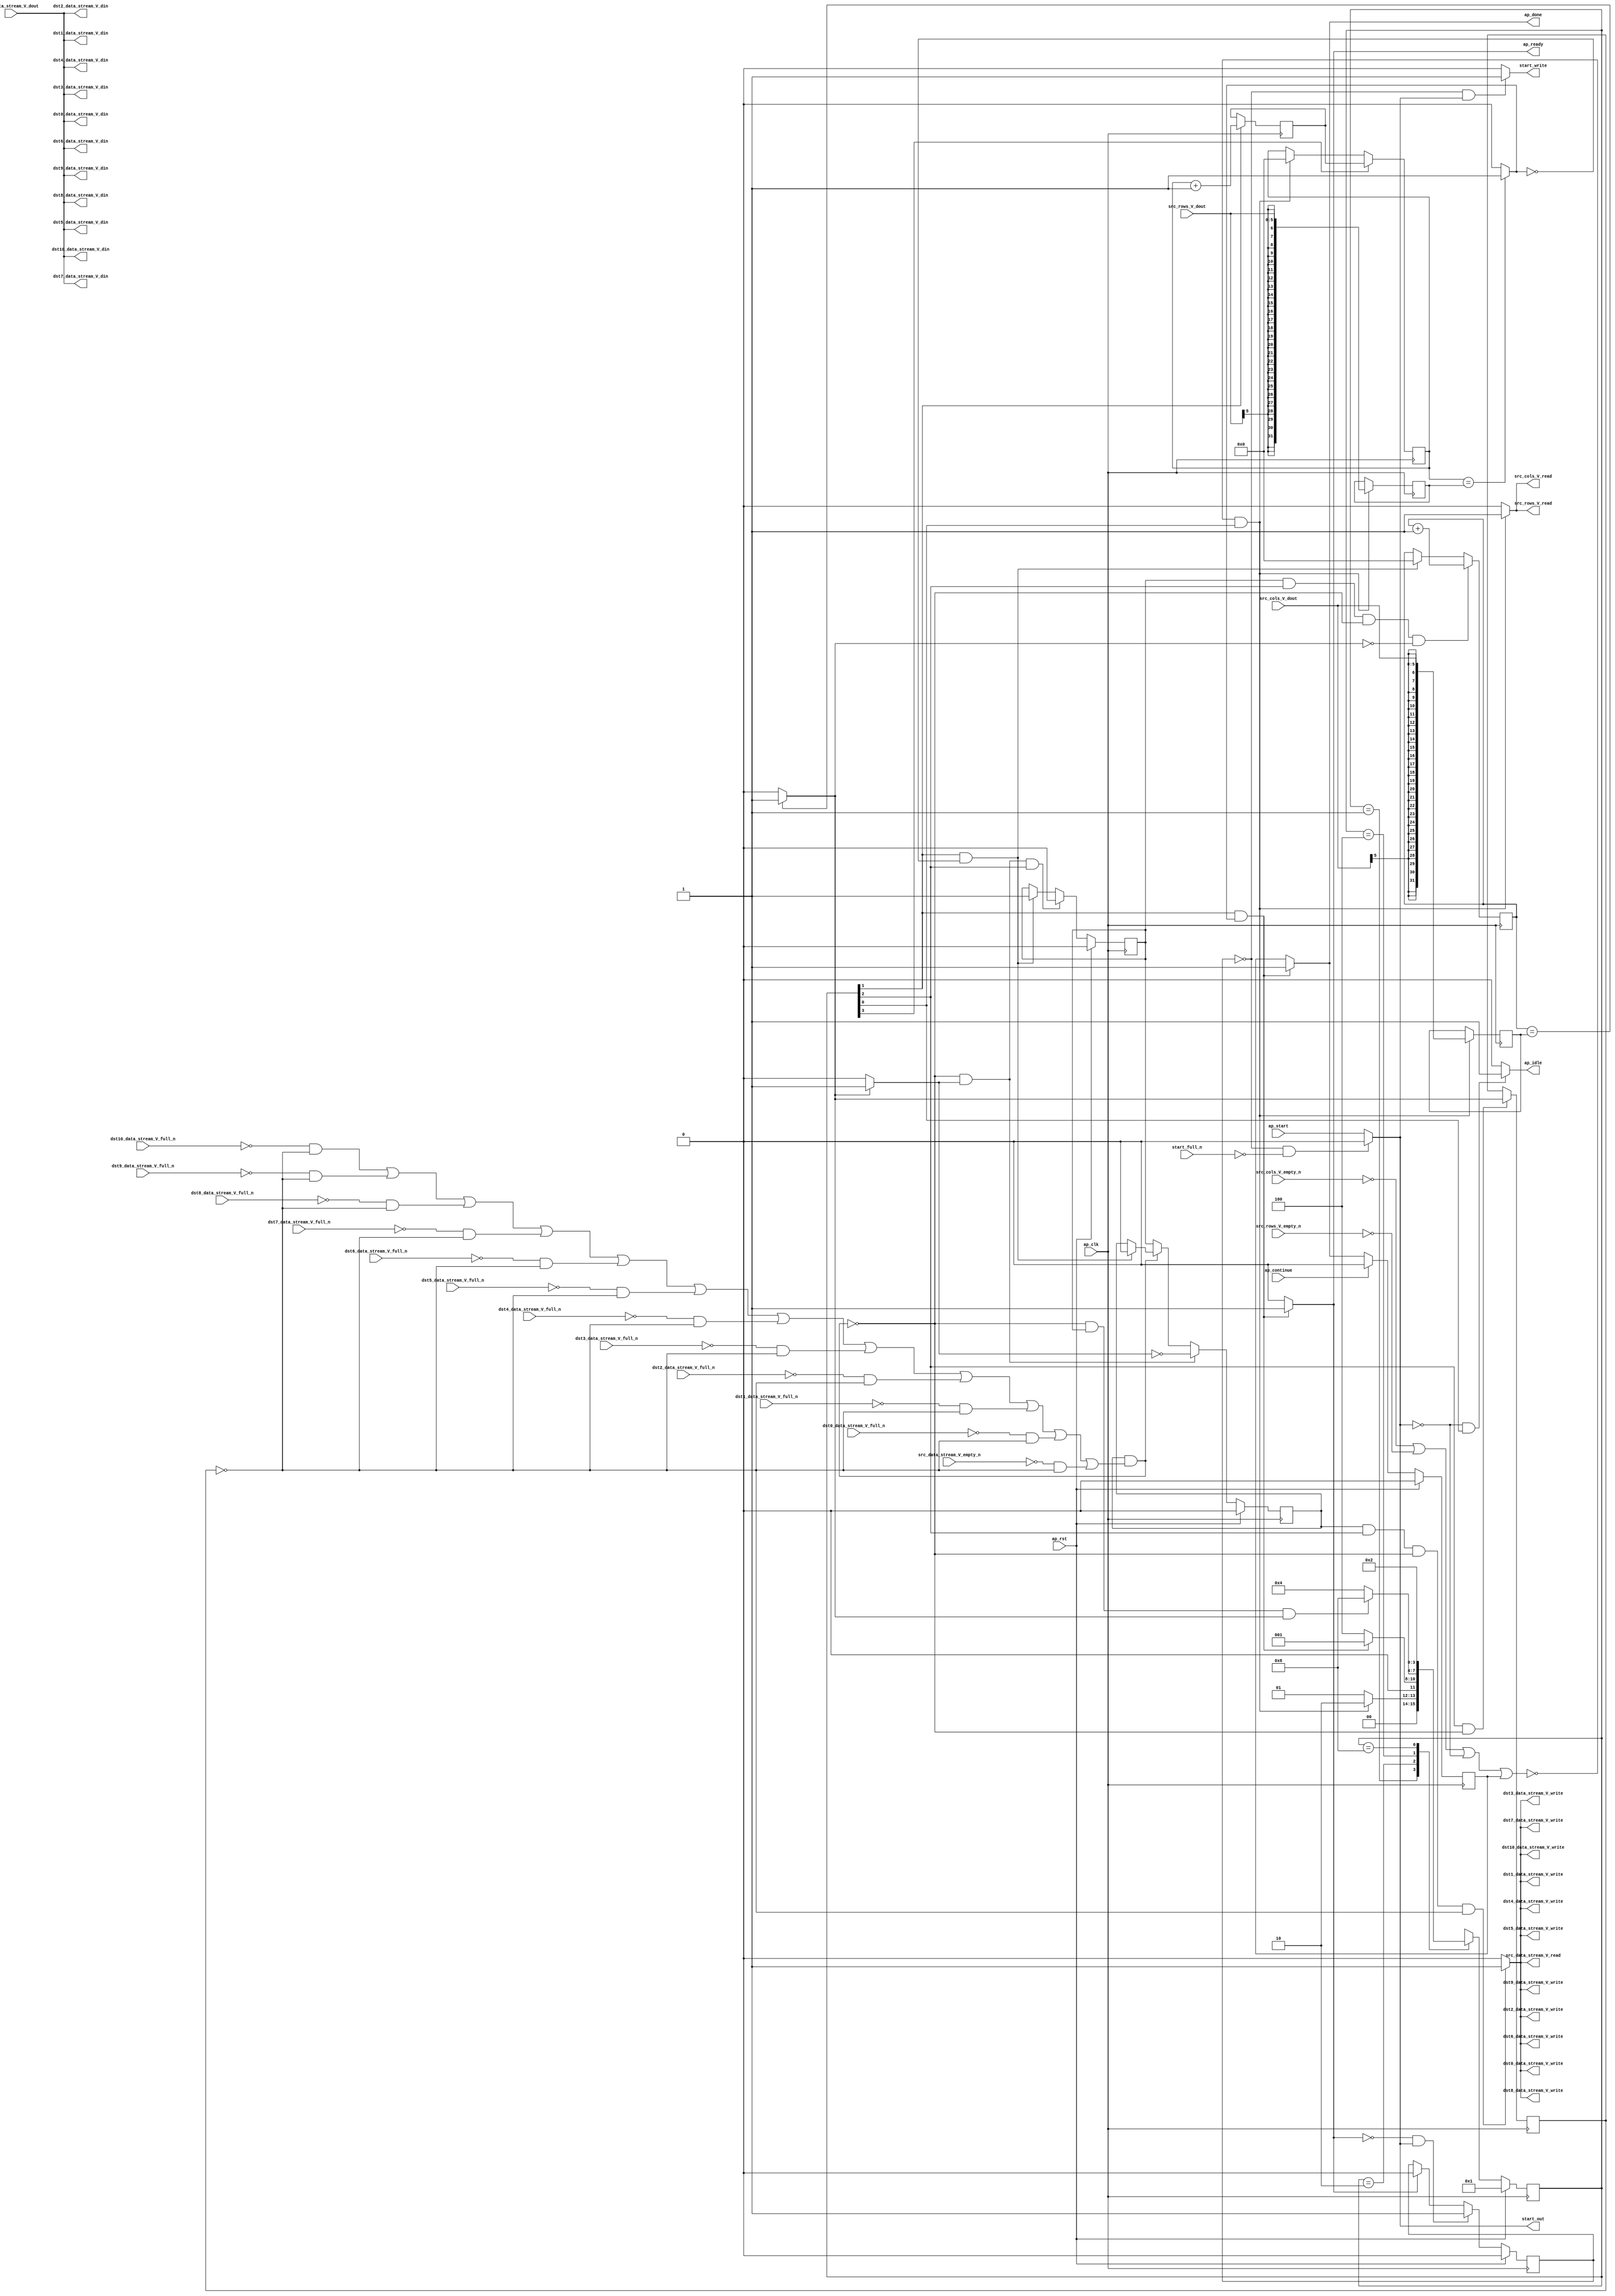
// ==============================================================
// RTL generated by Vivado(TM) HLS - High-Level Synthesis from C, C++ and SystemC
// Version: 2018.2
// Copyright (C) 1986-2018 Xilinx, Inc. All Rights Reserved.
// 
// ===========================================================

`timescale 1 ns / 1 ps 

module Duplicate_my (
        ap_clk,
        ap_rst,
        ap_start,
        start_full_n,
        ap_done,
        ap_continue,
        ap_idle,
        ap_ready,
        start_out,
        start_write,
        src_rows_V_dout,
        src_rows_V_empty_n,
        src_rows_V_read,
        src_cols_V_dout,
        src_cols_V_empty_n,
        src_cols_V_read,
        src_data_stream_V_dout,
        src_data_stream_V_empty_n,
        src_data_stream_V_read,
        dst0_data_stream_V_din,
        dst0_data_stream_V_full_n,
        dst0_data_stream_V_write,
        dst1_data_stream_V_din,
        dst1_data_stream_V_full_n,
        dst1_data_stream_V_write,
        dst2_data_stream_V_din,
        dst2_data_stream_V_full_n,
        dst2_data_stream_V_write,
        dst3_data_stream_V_din,
        dst3_data_stream_V_full_n,
        dst3_data_stream_V_write,
        dst4_data_stream_V_din,
        dst4_data_stream_V_full_n,
        dst4_data_stream_V_write,
        dst5_data_stream_V_din,
        dst5_data_stream_V_full_n,
        dst5_data_stream_V_write,
        dst6_data_stream_V_din,
        dst6_data_stream_V_full_n,
        dst6_data_stream_V_write,
        dst7_data_stream_V_din,
        dst7_data_stream_V_full_n,
        dst7_data_stream_V_write,
        dst8_data_stream_V_din,
        dst8_data_stream_V_full_n,
        dst8_data_stream_V_write,
        dst9_data_stream_V_din,
        dst9_data_stream_V_full_n,
        dst9_data_stream_V_write,
        dst10_data_stream_V_din,
        dst10_data_stream_V_full_n,
        dst10_data_stream_V_write
);

parameter    ap_ST_fsm_state1 = 4'd1;
parameter    ap_ST_fsm_state2 = 4'd2;
parameter    ap_ST_fsm_pp0_stage0 = 4'd4;
parameter    ap_ST_fsm_state5 = 4'd8;

input   ap_clk;
input   ap_rst;
input   ap_start;
input   start_full_n;
output   ap_done;
input   ap_continue;
output   ap_idle;
output   ap_ready;
output   start_out;
output   start_write;
input  [5:0] src_rows_V_dout;
input   src_rows_V_empty_n;
output   src_rows_V_read;
input  [5:0] src_cols_V_dout;
input   src_cols_V_empty_n;
output   src_cols_V_read;
input  [7:0] src_data_stream_V_dout;
input   src_data_stream_V_empty_n;
output   src_data_stream_V_read;
output  [7:0] dst0_data_stream_V_din;
input   dst0_data_stream_V_full_n;
output   dst0_data_stream_V_write;
output  [7:0] dst1_data_stream_V_din;
input   dst1_data_stream_V_full_n;
output   dst1_data_stream_V_write;
output  [7:0] dst2_data_stream_V_din;
input   dst2_data_stream_V_full_n;
output   dst2_data_stream_V_write;
output  [7:0] dst3_data_stream_V_din;
input   dst3_data_stream_V_full_n;
output   dst3_data_stream_V_write;
output  [7:0] dst4_data_stream_V_din;
input   dst4_data_stream_V_full_n;
output   dst4_data_stream_V_write;
output  [7:0] dst5_data_stream_V_din;
input   dst5_data_stream_V_full_n;
output   dst5_data_stream_V_write;
output  [7:0] dst6_data_stream_V_din;
input   dst6_data_stream_V_full_n;
output   dst6_data_stream_V_write;
output  [7:0] dst7_data_stream_V_din;
input   dst7_data_stream_V_full_n;
output   dst7_data_stream_V_write;
output  [7:0] dst8_data_stream_V_din;
input   dst8_data_stream_V_full_n;
output   dst8_data_stream_V_write;
output  [7:0] dst9_data_stream_V_din;
input   dst9_data_stream_V_full_n;
output   dst9_data_stream_V_write;
output  [7:0] dst10_data_stream_V_din;
input   dst10_data_stream_V_full_n;
output   dst10_data_stream_V_write;

reg ap_done;
reg ap_idle;
reg start_write;
reg src_rows_V_read;
reg src_cols_V_read;
reg src_data_stream_V_read;
reg dst0_data_stream_V_write;
reg dst1_data_stream_V_write;
reg dst2_data_stream_V_write;
reg dst3_data_stream_V_write;
reg dst4_data_stream_V_write;
reg dst5_data_stream_V_write;
reg dst6_data_stream_V_write;
reg dst7_data_stream_V_write;
reg dst8_data_stream_V_write;
reg dst9_data_stream_V_write;
reg dst10_data_stream_V_write;

reg    real_start;
reg    start_once_reg;
reg    ap_done_reg;
(* fsm_encoding = "none" *) reg   [3:0] ap_CS_fsm;
wire    ap_CS_fsm_state1;
reg    internal_ap_ready;
reg    src_rows_V_blk_n;
reg    src_cols_V_blk_n;
reg    src_data_stream_V_blk_n;
wire    ap_CS_fsm_pp0_stage0;
reg    ap_enable_reg_pp0_iter1;
wire    ap_block_pp0_stage0;
reg   [0:0] exitcond_i_reg_419;
reg    dst0_data_stream_V_blk_n;
reg    dst1_data_stream_V_blk_n;
reg    dst2_data_stream_V_blk_n;
reg    dst3_data_stream_V_blk_n;
reg    dst4_data_stream_V_blk_n;
reg    dst5_data_stream_V_blk_n;
reg    dst6_data_stream_V_blk_n;
reg    dst7_data_stream_V_blk_n;
reg    dst8_data_stream_V_blk_n;
reg    dst9_data_stream_V_blk_n;
reg    dst10_data_stream_V_blk_n;
reg   [31:0] t_V_2_reg_359;
wire  signed [31:0] rows_V_fu_370_p1;
reg  signed [31:0] rows_V_reg_400;
reg    ap_block_state1;
wire  signed [31:0] cols_V_fu_374_p1;
reg  signed [31:0] cols_V_reg_405;
wire   [0:0] exitcond2_i_fu_378_p2;
wire    ap_CS_fsm_state2;
wire   [31:0] i_V_fu_383_p2;
reg   [31:0] i_V_reg_414;
wire   [0:0] exitcond_i_fu_389_p2;
wire    ap_block_state3_pp0_stage0_iter0;
reg    ap_block_state4_pp0_stage0_iter1;
reg    ap_block_pp0_stage0_11001;
wire   [31:0] j_V_fu_394_p2;
reg    ap_enable_reg_pp0_iter0;
reg    ap_block_pp0_stage0_subdone;
reg    ap_condition_pp0_exit_iter0_state3;
reg   [31:0] t_V_reg_348;
wire    ap_CS_fsm_state5;
reg    ap_block_pp0_stage0_01001;
reg   [3:0] ap_NS_fsm;
reg    ap_idle_pp0;
wire    ap_enable_pp0;

// power-on initialization
initial begin
#0 start_once_reg = 1'b0;
#0 ap_done_reg = 1'b0;
#0 ap_CS_fsm = 4'd1;
#0 ap_enable_reg_pp0_iter1 = 1'b0;
#0 ap_enable_reg_pp0_iter0 = 1'b0;
end

always @ (posedge ap_clk) begin
    if (ap_rst == 1'b1) begin
        ap_CS_fsm <= ap_ST_fsm_state1;
    end else begin
        ap_CS_fsm <= ap_NS_fsm;
    end
end

always @ (posedge ap_clk) begin
    if (ap_rst == 1'b1) begin
        ap_done_reg <= 1'b0;
    end else begin
        if ((ap_continue == 1'b1)) begin
            ap_done_reg <= 1'b0;
        end else if (((1'b1 == ap_CS_fsm_state2) & (exitcond2_i_fu_378_p2 == 1'd1))) begin
            ap_done_reg <= 1'b1;
        end
    end
end

always @ (posedge ap_clk) begin
    if (ap_rst == 1'b1) begin
        ap_enable_reg_pp0_iter0 <= 1'b0;
    end else begin
        if (((1'b0 == ap_block_pp0_stage0_subdone) & (1'b1 == ap_condition_pp0_exit_iter0_state3) & (1'b1 == ap_CS_fsm_pp0_stage0))) begin
            ap_enable_reg_pp0_iter0 <= 1'b0;
        end else if (((1'b1 == ap_CS_fsm_state2) & (exitcond2_i_fu_378_p2 == 1'd0))) begin
            ap_enable_reg_pp0_iter0 <= 1'b1;
        end
    end
end

always @ (posedge ap_clk) begin
    if (ap_rst == 1'b1) begin
        ap_enable_reg_pp0_iter1 <= 1'b0;
    end else begin
        if (((1'b0 == ap_block_pp0_stage0_subdone) & (1'b1 == ap_condition_pp0_exit_iter0_state3))) begin
            ap_enable_reg_pp0_iter1 <= (1'b1 ^ ap_condition_pp0_exit_iter0_state3);
        end else if ((1'b0 == ap_block_pp0_stage0_subdone)) begin
            ap_enable_reg_pp0_iter1 <= ap_enable_reg_pp0_iter0;
        end else if (((1'b1 == ap_CS_fsm_state2) & (exitcond2_i_fu_378_p2 == 1'd0))) begin
            ap_enable_reg_pp0_iter1 <= 1'b0;
        end
    end
end

always @ (posedge ap_clk) begin
    if (ap_rst == 1'b1) begin
        start_once_reg <= 1'b0;
    end else begin
        if (((internal_ap_ready == 1'b0) & (real_start == 1'b1))) begin
            start_once_reg <= 1'b1;
        end else if ((internal_ap_ready == 1'b1)) begin
            start_once_reg <= 1'b0;
        end
    end
end

always @ (posedge ap_clk) begin
    if (((ap_enable_reg_pp0_iter0 == 1'b1) & (1'b1 == ap_CS_fsm_pp0_stage0) & (1'b0 == ap_block_pp0_stage0_11001) & (exitcond_i_fu_389_p2 == 1'd0))) begin
        t_V_2_reg_359 <= j_V_fu_394_p2;
    end else if (((1'b1 == ap_CS_fsm_state2) & (exitcond2_i_fu_378_p2 == 1'd0))) begin
        t_V_2_reg_359 <= 32'd0;
    end
end

always @ (posedge ap_clk) begin
    if ((1'b1 == ap_CS_fsm_state5)) begin
        t_V_reg_348 <= i_V_reg_414;
    end else if ((~((src_cols_V_empty_n == 1'b0) | (src_rows_V_empty_n == 1'b0) | (real_start == 1'b0) | (ap_done_reg == 1'b1)) & (1'b1 == ap_CS_fsm_state1))) begin
        t_V_reg_348 <= 32'd0;
    end
end

always @ (posedge ap_clk) begin
    if ((~((src_cols_V_empty_n == 1'b0) | (src_rows_V_empty_n == 1'b0) | (real_start == 1'b0) | (ap_done_reg == 1'b1)) & (1'b1 == ap_CS_fsm_state1))) begin
        cols_V_reg_405 <= cols_V_fu_374_p1;
        rows_V_reg_400 <= rows_V_fu_370_p1;
    end
end

always @ (posedge ap_clk) begin
    if (((1'b1 == ap_CS_fsm_pp0_stage0) & (1'b0 == ap_block_pp0_stage0_11001))) begin
        exitcond_i_reg_419 <= exitcond_i_fu_389_p2;
    end
end

always @ (posedge ap_clk) begin
    if ((1'b1 == ap_CS_fsm_state2)) begin
        i_V_reg_414 <= i_V_fu_383_p2;
    end
end

always @ (*) begin
    if ((exitcond_i_fu_389_p2 == 1'd1)) begin
        ap_condition_pp0_exit_iter0_state3 = 1'b1;
    end else begin
        ap_condition_pp0_exit_iter0_state3 = 1'b0;
    end
end

always @ (*) begin
    if (((1'b1 == ap_CS_fsm_state2) & (exitcond2_i_fu_378_p2 == 1'd1))) begin
        ap_done = 1'b1;
    end else begin
        ap_done = ap_done_reg;
    end
end

always @ (*) begin
    if (((real_start == 1'b0) & (1'b1 == ap_CS_fsm_state1))) begin
        ap_idle = 1'b1;
    end else begin
        ap_idle = 1'b0;
    end
end

always @ (*) begin
    if (((ap_enable_reg_pp0_iter0 == 1'b0) & (ap_enable_reg_pp0_iter1 == 1'b0))) begin
        ap_idle_pp0 = 1'b1;
    end else begin
        ap_idle_pp0 = 1'b0;
    end
end

always @ (*) begin
    if (((ap_enable_reg_pp0_iter1 == 1'b1) & (1'b1 == ap_CS_fsm_pp0_stage0) & (exitcond_i_reg_419 == 1'd0) & (1'b0 == ap_block_pp0_stage0))) begin
        dst0_data_stream_V_blk_n = dst0_data_stream_V_full_n;
    end else begin
        dst0_data_stream_V_blk_n = 1'b1;
    end
end

always @ (*) begin
    if (((ap_enable_reg_pp0_iter1 == 1'b1) & (1'b1 == ap_CS_fsm_pp0_stage0) & (1'b0 == ap_block_pp0_stage0_11001) & (exitcond_i_reg_419 == 1'd0))) begin
        dst0_data_stream_V_write = 1'b1;
    end else begin
        dst0_data_stream_V_write = 1'b0;
    end
end

always @ (*) begin
    if (((ap_enable_reg_pp0_iter1 == 1'b1) & (1'b1 == ap_CS_fsm_pp0_stage0) & (exitcond_i_reg_419 == 1'd0) & (1'b0 == ap_block_pp0_stage0))) begin
        dst10_data_stream_V_blk_n = dst10_data_stream_V_full_n;
    end else begin
        dst10_data_stream_V_blk_n = 1'b1;
    end
end

always @ (*) begin
    if (((ap_enable_reg_pp0_iter1 == 1'b1) & (1'b1 == ap_CS_fsm_pp0_stage0) & (1'b0 == ap_block_pp0_stage0_11001) & (exitcond_i_reg_419 == 1'd0))) begin
        dst10_data_stream_V_write = 1'b1;
    end else begin
        dst10_data_stream_V_write = 1'b0;
    end
end

always @ (*) begin
    if (((ap_enable_reg_pp0_iter1 == 1'b1) & (1'b1 == ap_CS_fsm_pp0_stage0) & (exitcond_i_reg_419 == 1'd0) & (1'b0 == ap_block_pp0_stage0))) begin
        dst1_data_stream_V_blk_n = dst1_data_stream_V_full_n;
    end else begin
        dst1_data_stream_V_blk_n = 1'b1;
    end
end

always @ (*) begin
    if (((ap_enable_reg_pp0_iter1 == 1'b1) & (1'b1 == ap_CS_fsm_pp0_stage0) & (1'b0 == ap_block_pp0_stage0_11001) & (exitcond_i_reg_419 == 1'd0))) begin
        dst1_data_stream_V_write = 1'b1;
    end else begin
        dst1_data_stream_V_write = 1'b0;
    end
end

always @ (*) begin
    if (((ap_enable_reg_pp0_iter1 == 1'b1) & (1'b1 == ap_CS_fsm_pp0_stage0) & (exitcond_i_reg_419 == 1'd0) & (1'b0 == ap_block_pp0_stage0))) begin
        dst2_data_stream_V_blk_n = dst2_data_stream_V_full_n;
    end else begin
        dst2_data_stream_V_blk_n = 1'b1;
    end
end

always @ (*) begin
    if (((ap_enable_reg_pp0_iter1 == 1'b1) & (1'b1 == ap_CS_fsm_pp0_stage0) & (1'b0 == ap_block_pp0_stage0_11001) & (exitcond_i_reg_419 == 1'd0))) begin
        dst2_data_stream_V_write = 1'b1;
    end else begin
        dst2_data_stream_V_write = 1'b0;
    end
end

always @ (*) begin
    if (((ap_enable_reg_pp0_iter1 == 1'b1) & (1'b1 == ap_CS_fsm_pp0_stage0) & (exitcond_i_reg_419 == 1'd0) & (1'b0 == ap_block_pp0_stage0))) begin
        dst3_data_stream_V_blk_n = dst3_data_stream_V_full_n;
    end else begin
        dst3_data_stream_V_blk_n = 1'b1;
    end
end

always @ (*) begin
    if (((ap_enable_reg_pp0_iter1 == 1'b1) & (1'b1 == ap_CS_fsm_pp0_stage0) & (1'b0 == ap_block_pp0_stage0_11001) & (exitcond_i_reg_419 == 1'd0))) begin
        dst3_data_stream_V_write = 1'b1;
    end else begin
        dst3_data_stream_V_write = 1'b0;
    end
end

always @ (*) begin
    if (((ap_enable_reg_pp0_iter1 == 1'b1) & (1'b1 == ap_CS_fsm_pp0_stage0) & (exitcond_i_reg_419 == 1'd0) & (1'b0 == ap_block_pp0_stage0))) begin
        dst4_data_stream_V_blk_n = dst4_data_stream_V_full_n;
    end else begin
        dst4_data_stream_V_blk_n = 1'b1;
    end
end

always @ (*) begin
    if (((ap_enable_reg_pp0_iter1 == 1'b1) & (1'b1 == ap_CS_fsm_pp0_stage0) & (1'b0 == ap_block_pp0_stage0_11001) & (exitcond_i_reg_419 == 1'd0))) begin
        dst4_data_stream_V_write = 1'b1;
    end else begin
        dst4_data_stream_V_write = 1'b0;
    end
end

always @ (*) begin
    if (((ap_enable_reg_pp0_iter1 == 1'b1) & (1'b1 == ap_CS_fsm_pp0_stage0) & (exitcond_i_reg_419 == 1'd0) & (1'b0 == ap_block_pp0_stage0))) begin
        dst5_data_stream_V_blk_n = dst5_data_stream_V_full_n;
    end else begin
        dst5_data_stream_V_blk_n = 1'b1;
    end
end

always @ (*) begin
    if (((ap_enable_reg_pp0_iter1 == 1'b1) & (1'b1 == ap_CS_fsm_pp0_stage0) & (1'b0 == ap_block_pp0_stage0_11001) & (exitcond_i_reg_419 == 1'd0))) begin
        dst5_data_stream_V_write = 1'b1;
    end else begin
        dst5_data_stream_V_write = 1'b0;
    end
end

always @ (*) begin
    if (((ap_enable_reg_pp0_iter1 == 1'b1) & (1'b1 == ap_CS_fsm_pp0_stage0) & (exitcond_i_reg_419 == 1'd0) & (1'b0 == ap_block_pp0_stage0))) begin
        dst6_data_stream_V_blk_n = dst6_data_stream_V_full_n;
    end else begin
        dst6_data_stream_V_blk_n = 1'b1;
    end
end

always @ (*) begin
    if (((ap_enable_reg_pp0_iter1 == 1'b1) & (1'b1 == ap_CS_fsm_pp0_stage0) & (1'b0 == ap_block_pp0_stage0_11001) & (exitcond_i_reg_419 == 1'd0))) begin
        dst6_data_stream_V_write = 1'b1;
    end else begin
        dst6_data_stream_V_write = 1'b0;
    end
end

always @ (*) begin
    if (((ap_enable_reg_pp0_iter1 == 1'b1) & (1'b1 == ap_CS_fsm_pp0_stage0) & (exitcond_i_reg_419 == 1'd0) & (1'b0 == ap_block_pp0_stage0))) begin
        dst7_data_stream_V_blk_n = dst7_data_stream_V_full_n;
    end else begin
        dst7_data_stream_V_blk_n = 1'b1;
    end
end

always @ (*) begin
    if (((ap_enable_reg_pp0_iter1 == 1'b1) & (1'b1 == ap_CS_fsm_pp0_stage0) & (1'b0 == ap_block_pp0_stage0_11001) & (exitcond_i_reg_419 == 1'd0))) begin
        dst7_data_stream_V_write = 1'b1;
    end else begin
        dst7_data_stream_V_write = 1'b0;
    end
end

always @ (*) begin
    if (((ap_enable_reg_pp0_iter1 == 1'b1) & (1'b1 == ap_CS_fsm_pp0_stage0) & (exitcond_i_reg_419 == 1'd0) & (1'b0 == ap_block_pp0_stage0))) begin
        dst8_data_stream_V_blk_n = dst8_data_stream_V_full_n;
    end else begin
        dst8_data_stream_V_blk_n = 1'b1;
    end
end

always @ (*) begin
    if (((ap_enable_reg_pp0_iter1 == 1'b1) & (1'b1 == ap_CS_fsm_pp0_stage0) & (1'b0 == ap_block_pp0_stage0_11001) & (exitcond_i_reg_419 == 1'd0))) begin
        dst8_data_stream_V_write = 1'b1;
    end else begin
        dst8_data_stream_V_write = 1'b0;
    end
end

always @ (*) begin
    if (((ap_enable_reg_pp0_iter1 == 1'b1) & (1'b1 == ap_CS_fsm_pp0_stage0) & (exitcond_i_reg_419 == 1'd0) & (1'b0 == ap_block_pp0_stage0))) begin
        dst9_data_stream_V_blk_n = dst9_data_stream_V_full_n;
    end else begin
        dst9_data_stream_V_blk_n = 1'b1;
    end
end

always @ (*) begin
    if (((ap_enable_reg_pp0_iter1 == 1'b1) & (1'b1 == ap_CS_fsm_pp0_stage0) & (1'b0 == ap_block_pp0_stage0_11001) & (exitcond_i_reg_419 == 1'd0))) begin
        dst9_data_stream_V_write = 1'b1;
    end else begin
        dst9_data_stream_V_write = 1'b0;
    end
end

always @ (*) begin
    if (((1'b1 == ap_CS_fsm_state2) & (exitcond2_i_fu_378_p2 == 1'd1))) begin
        internal_ap_ready = 1'b1;
    end else begin
        internal_ap_ready = 1'b0;
    end
end

always @ (*) begin
    if (((start_once_reg == 1'b0) & (start_full_n == 1'b0))) begin
        real_start = 1'b0;
    end else begin
        real_start = ap_start;
    end
end

always @ (*) begin
    if ((~((real_start == 1'b0) | (ap_done_reg == 1'b1)) & (1'b1 == ap_CS_fsm_state1))) begin
        src_cols_V_blk_n = src_cols_V_empty_n;
    end else begin
        src_cols_V_blk_n = 1'b1;
    end
end

always @ (*) begin
    if ((~((src_cols_V_empty_n == 1'b0) | (src_rows_V_empty_n == 1'b0) | (real_start == 1'b0) | (ap_done_reg == 1'b1)) & (1'b1 == ap_CS_fsm_state1))) begin
        src_cols_V_read = 1'b1;
    end else begin
        src_cols_V_read = 1'b0;
    end
end

always @ (*) begin
    if (((ap_enable_reg_pp0_iter1 == 1'b1) & (1'b1 == ap_CS_fsm_pp0_stage0) & (exitcond_i_reg_419 == 1'd0) & (1'b0 == ap_block_pp0_stage0))) begin
        src_data_stream_V_blk_n = src_data_stream_V_empty_n;
    end else begin
        src_data_stream_V_blk_n = 1'b1;
    end
end

always @ (*) begin
    if (((ap_enable_reg_pp0_iter1 == 1'b1) & (1'b1 == ap_CS_fsm_pp0_stage0) & (1'b0 == ap_block_pp0_stage0_11001) & (exitcond_i_reg_419 == 1'd0))) begin
        src_data_stream_V_read = 1'b1;
    end else begin
        src_data_stream_V_read = 1'b0;
    end
end

always @ (*) begin
    if ((~((real_start == 1'b0) | (ap_done_reg == 1'b1)) & (1'b1 == ap_CS_fsm_state1))) begin
        src_rows_V_blk_n = src_rows_V_empty_n;
    end else begin
        src_rows_V_blk_n = 1'b1;
    end
end

always @ (*) begin
    if ((~((src_cols_V_empty_n == 1'b0) | (src_rows_V_empty_n == 1'b0) | (real_start == 1'b0) | (ap_done_reg == 1'b1)) & (1'b1 == ap_CS_fsm_state1))) begin
        src_rows_V_read = 1'b1;
    end else begin
        src_rows_V_read = 1'b0;
    end
end

always @ (*) begin
    if (((start_once_reg == 1'b0) & (real_start == 1'b1))) begin
        start_write = 1'b1;
    end else begin
        start_write = 1'b0;
    end
end

always @ (*) begin
    case (ap_CS_fsm)
        ap_ST_fsm_state1 : begin
            if ((~((src_cols_V_empty_n == 1'b0) | (src_rows_V_empty_n == 1'b0) | (real_start == 1'b0) | (ap_done_reg == 1'b1)) & (1'b1 == ap_CS_fsm_state1))) begin
                ap_NS_fsm = ap_ST_fsm_state2;
            end else begin
                ap_NS_fsm = ap_ST_fsm_state1;
            end
        end
        ap_ST_fsm_state2 : begin
            if (((1'b1 == ap_CS_fsm_state2) & (exitcond2_i_fu_378_p2 == 1'd1))) begin
                ap_NS_fsm = ap_ST_fsm_state1;
            end else begin
                ap_NS_fsm = ap_ST_fsm_pp0_stage0;
            end
        end
        ap_ST_fsm_pp0_stage0 : begin
            if (~((1'b0 == ap_block_pp0_stage0_subdone) & (ap_enable_reg_pp0_iter0 == 1'b1) & (exitcond_i_fu_389_p2 == 1'd1))) begin
                ap_NS_fsm = ap_ST_fsm_pp0_stage0;
            end else if (((1'b0 == ap_block_pp0_stage0_subdone) & (ap_enable_reg_pp0_iter0 == 1'b1) & (exitcond_i_fu_389_p2 == 1'd1))) begin
                ap_NS_fsm = ap_ST_fsm_state5;
            end else begin
                ap_NS_fsm = ap_ST_fsm_pp0_stage0;
            end
        end
        ap_ST_fsm_state5 : begin
            ap_NS_fsm = ap_ST_fsm_state2;
        end
        default : begin
            ap_NS_fsm = 'bx;
        end
    endcase
end

assign ap_CS_fsm_pp0_stage0 = ap_CS_fsm[32'd2];

assign ap_CS_fsm_state1 = ap_CS_fsm[32'd0];

assign ap_CS_fsm_state2 = ap_CS_fsm[32'd1];

assign ap_CS_fsm_state5 = ap_CS_fsm[32'd3];

assign ap_block_pp0_stage0 = ~(1'b1 == 1'b1);

always @ (*) begin
    ap_block_pp0_stage0_01001 = ((ap_enable_reg_pp0_iter1 == 1'b1) & (((dst10_data_stream_V_full_n == 1'b0) & (exitcond_i_reg_419 == 1'd0)) | ((dst9_data_stream_V_full_n == 1'b0) & (exitcond_i_reg_419 == 1'd0)) | ((dst8_data_stream_V_full_n == 1'b0) & (exitcond_i_reg_419 == 1'd0)) | ((dst7_data_stream_V_full_n == 1'b0) & (exitcond_i_reg_419 == 1'd0)) | ((dst6_data_stream_V_full_n == 1'b0) & (exitcond_i_reg_419 == 1'd0)) | ((dst5_data_stream_V_full_n == 1'b0) & (exitcond_i_reg_419 == 1'd0)) | ((dst4_data_stream_V_full_n == 1'b0) & (exitcond_i_reg_419 == 1'd0)) | ((dst3_data_stream_V_full_n == 1'b0) & (exitcond_i_reg_419 == 1'd0)) | ((dst2_data_stream_V_full_n == 1'b0) & (exitcond_i_reg_419 == 1'd0)) | ((dst1_data_stream_V_full_n == 1'b0) & (exitcond_i_reg_419 == 1'd0)) | ((dst0_data_stream_V_full_n == 1'b0) & (exitcond_i_reg_419 == 1'd0)) | ((src_data_stream_V_empty_n == 1'b0) & (exitcond_i_reg_419 == 1'd0))));
end

always @ (*) begin
    ap_block_pp0_stage0_11001 = ((ap_enable_reg_pp0_iter1 == 1'b1) & (((dst10_data_stream_V_full_n == 1'b0) & (exitcond_i_reg_419 == 1'd0)) | ((dst9_data_stream_V_full_n == 1'b0) & (exitcond_i_reg_419 == 1'd0)) | ((dst8_data_stream_V_full_n == 1'b0) & (exitcond_i_reg_419 == 1'd0)) | ((dst7_data_stream_V_full_n == 1'b0) & (exitcond_i_reg_419 == 1'd0)) | ((dst6_data_stream_V_full_n == 1'b0) & (exitcond_i_reg_419 == 1'd0)) | ((dst5_data_stream_V_full_n == 1'b0) & (exitcond_i_reg_419 == 1'd0)) | ((dst4_data_stream_V_full_n == 1'b0) & (exitcond_i_reg_419 == 1'd0)) | ((dst3_data_stream_V_full_n == 1'b0) & (exitcond_i_reg_419 == 1'd0)) | ((dst2_data_stream_V_full_n == 1'b0) & (exitcond_i_reg_419 == 1'd0)) | ((dst1_data_stream_V_full_n == 1'b0) & (exitcond_i_reg_419 == 1'd0)) | ((dst0_data_stream_V_full_n == 1'b0) & (exitcond_i_reg_419 == 1'd0)) | ((src_data_stream_V_empty_n == 1'b0) & (exitcond_i_reg_419 == 1'd0))));
end

always @ (*) begin
    ap_block_pp0_stage0_subdone = ((ap_enable_reg_pp0_iter1 == 1'b1) & (((dst10_data_stream_V_full_n == 1'b0) & (exitcond_i_reg_419 == 1'd0)) | ((dst9_data_stream_V_full_n == 1'b0) & (exitcond_i_reg_419 == 1'd0)) | ((dst8_data_stream_V_full_n == 1'b0) & (exitcond_i_reg_419 == 1'd0)) | ((dst7_data_stream_V_full_n == 1'b0) & (exitcond_i_reg_419 == 1'd0)) | ((dst6_data_stream_V_full_n == 1'b0) & (exitcond_i_reg_419 == 1'd0)) | ((dst5_data_stream_V_full_n == 1'b0) & (exitcond_i_reg_419 == 1'd0)) | ((dst4_data_stream_V_full_n == 1'b0) & (exitcond_i_reg_419 == 1'd0)) | ((dst3_data_stream_V_full_n == 1'b0) & (exitcond_i_reg_419 == 1'd0)) | ((dst2_data_stream_V_full_n == 1'b0) & (exitcond_i_reg_419 == 1'd0)) | ((dst1_data_stream_V_full_n == 1'b0) & (exitcond_i_reg_419 == 1'd0)) | ((dst0_data_stream_V_full_n == 1'b0) & (exitcond_i_reg_419 == 1'd0)) | ((src_data_stream_V_empty_n == 1'b0) & (exitcond_i_reg_419 == 1'd0))));
end

always @ (*) begin
    ap_block_state1 = ((src_cols_V_empty_n == 1'b0) | (src_rows_V_empty_n == 1'b0) | (real_start == 1'b0) | (ap_done_reg == 1'b1));
end

assign ap_block_state3_pp0_stage0_iter0 = ~(1'b1 == 1'b1);

always @ (*) begin
    ap_block_state4_pp0_stage0_iter1 = (((dst10_data_stream_V_full_n == 1'b0) & (exitcond_i_reg_419 == 1'd0)) | ((dst9_data_stream_V_full_n == 1'b0) & (exitcond_i_reg_419 == 1'd0)) | ((dst8_data_stream_V_full_n == 1'b0) & (exitcond_i_reg_419 == 1'd0)) | ((dst7_data_stream_V_full_n == 1'b0) & (exitcond_i_reg_419 == 1'd0)) | ((dst6_data_stream_V_full_n == 1'b0) & (exitcond_i_reg_419 == 1'd0)) | ((dst5_data_stream_V_full_n == 1'b0) & (exitcond_i_reg_419 == 1'd0)) | ((dst4_data_stream_V_full_n == 1'b0) & (exitcond_i_reg_419 == 1'd0)) | ((dst3_data_stream_V_full_n == 1'b0) & (exitcond_i_reg_419 == 1'd0)) | ((dst2_data_stream_V_full_n == 1'b0) & (exitcond_i_reg_419 == 1'd0)) | ((dst1_data_stream_V_full_n == 1'b0) & (exitcond_i_reg_419 == 1'd0)) | ((dst0_data_stream_V_full_n == 1'b0) & (exitcond_i_reg_419 == 1'd0)) | ((src_data_stream_V_empty_n == 1'b0) & (exitcond_i_reg_419 == 1'd0)));
end

assign ap_enable_pp0 = (ap_idle_pp0 ^ 1'b1);

assign ap_ready = internal_ap_ready;

assign cols_V_fu_374_p1 = $signed(src_cols_V_dout);

assign dst0_data_stream_V_din = src_data_stream_V_dout;

assign dst10_data_stream_V_din = src_data_stream_V_dout;

assign dst1_data_stream_V_din = src_data_stream_V_dout;

assign dst2_data_stream_V_din = src_data_stream_V_dout;

assign dst3_data_stream_V_din = src_data_stream_V_dout;

assign dst4_data_stream_V_din = src_data_stream_V_dout;

assign dst5_data_stream_V_din = src_data_stream_V_dout;

assign dst6_data_stream_V_din = src_data_stream_V_dout;

assign dst7_data_stream_V_din = src_data_stream_V_dout;

assign dst8_data_stream_V_din = src_data_stream_V_dout;

assign dst9_data_stream_V_din = src_data_stream_V_dout;

assign exitcond2_i_fu_378_p2 = ((t_V_reg_348 == rows_V_reg_400) ? 1'b1 : 1'b0);

assign exitcond_i_fu_389_p2 = ((t_V_2_reg_359 == cols_V_reg_405) ? 1'b1 : 1'b0);

assign i_V_fu_383_p2 = (t_V_reg_348 + 32'd1);

assign j_V_fu_394_p2 = (t_V_2_reg_359 + 32'd1);

assign rows_V_fu_370_p1 = $signed(src_rows_V_dout);

assign start_out = real_start;

endmodule //Duplicate_my